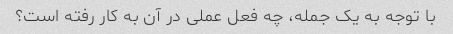
با توجه به یک جمله، چه فعل عملی در آن به کار رفته است؟